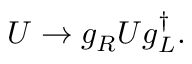
U \rightarrow g _ { R } U g _ { L } ^ { \dagger } .